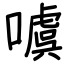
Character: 噳